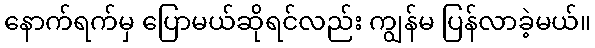
နောက်ရက်မှ ပြောမယ်ဆိုရင်လည်း ကျွန်မ ပြန်လာခဲ့မယ်။